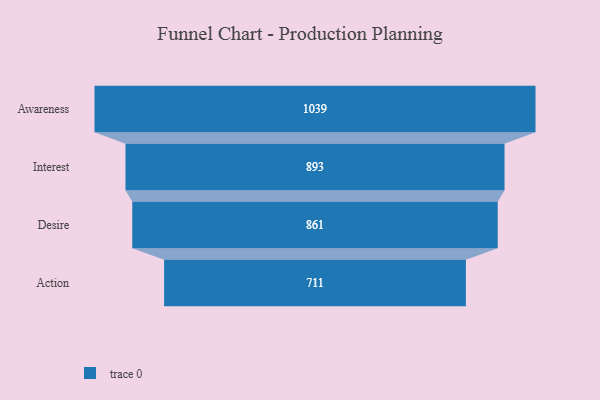
{"axis": {"x": "Stage", "y": "Value"}, "legend": [""], "data": [{"x": "Awareness", "y": 1039.0, "type": ""}, {"x": "Interest", "y": 893.0, "type": ""}, {"x": "Desire", "y": 861.0, "type": ""}, {"x": "Action", "y": 711.0, "type": ""}]}